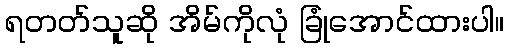
ရတတ်သူဆို အိမ်ကိုလုံ ခြုံအောင်ထားပါ။